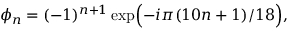
\phi _ { n } = ( - 1 ) ^ { n + 1 } \exp \Bigl ( - i \pi ( 1 0 n + 1 ) / 1 8 \Bigr ) ,